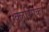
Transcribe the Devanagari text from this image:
क्लस्सिकेर